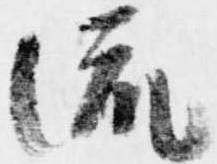
流